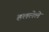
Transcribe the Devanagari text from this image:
हललेले